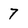
Character: 7